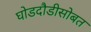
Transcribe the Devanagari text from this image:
घोडदौडीसोबत